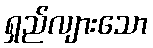
ရှည်လျားသော